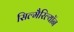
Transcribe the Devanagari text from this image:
सिल्मैरिल्यॉन